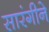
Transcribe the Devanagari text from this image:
सारंगीने